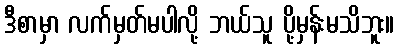
ဒီစာမှာ လက်မှတ်မပါလို့ ဘယ်သူ ပို့မှန်းမသိဘူး။